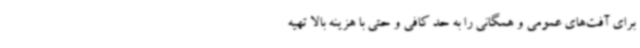
برای آفت‌های عمومی و همگانی را به حد کافی و حتی با هزینه بالا تهیه